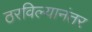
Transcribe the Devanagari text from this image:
ठरविल्यानंतर